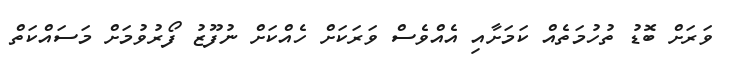
ވަރަށް ބޮޑު ތުހުމަތެއް ކަމަށާއި އެއްވެސް ވަރަކަށް ހެއްކަށް ނުފޫޒު ފޯރުވުމަށް މަސައްކަތް